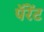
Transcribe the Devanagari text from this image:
पॅरेंट